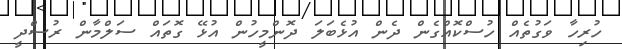
ހުރިހާ ވަގުތެއް ހުސްކޮއްގެން ދެން އުޅެބަލަ ދޮންމީހުން އުޅޭ ގޮތައް ސަލްމާން ރުސްދީ